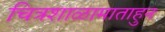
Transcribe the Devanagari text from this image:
चित्रशाळामाताहुन